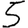
Digit: 5